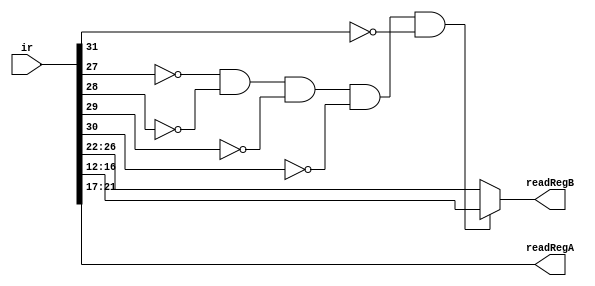
module decoder(ir, readRegA, readRegB);
	input [31:0] ir;
	output [4:0] readRegA, readRegB;
	
	assign readRegA = ir[21:17];
	
	wire [4:0] opcode;
	assign opcode = ir[31:27];
	
	wire n0, n1, n2, n3, n4, rtOp;

	not not0(n0, opcode[0]);
	not not1(n1, opcode[1]);
	not not2(n2, opcode[2]);
	not not3(n3, opcode[3]);
	not not4(n4, opcode[4]);
	and a0(rtOp, n0, n1, n2, n3, n4);
	
	assign readRegB = rtOp ? ir[16:12] : ir[26:22];
	
endmodule